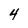
Character: 4